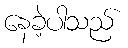
နေခဲ့ပါသည်